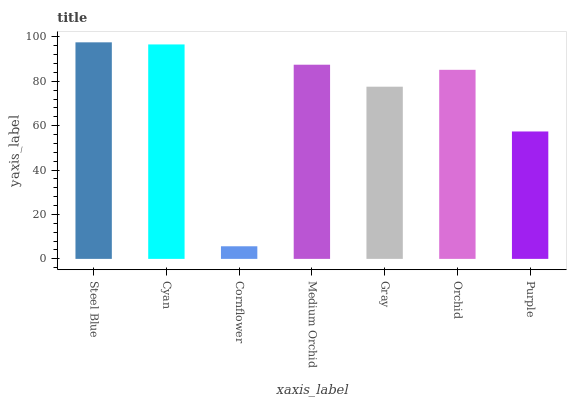
| xaxis_label | bars |
 | --- | --- |
 | Steel Blue | 97.5 |
 | Cyan | 96.6 |
 | Cornflower | 5.68 |
 | Medium Orchid | 87.4 |
 | Gray | 77.5 |
 | Orchid | 85.1 |
 | Purple | 57.4 |